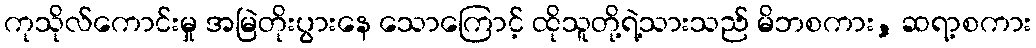
ကုသိုလ်ကောင်းမှု အမြဲတိုးပွားနေ သောကြောင့် ထိုသူတို့ရဲ့သားသည် မိဘစကား, ဆရာ့စကား